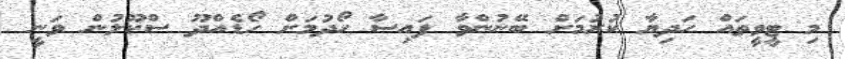
މި ޓީވީތައް ހަދިޔާ ކުރުމަށް ބޭނުންވާ ފައިސާ ހޯދުމަށް ހޯޑެއްދޫ ސްކޫލުން ވަނީ